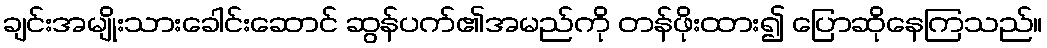
ချင်းအမျိုးသားခေါင်းဆောင် ဆွန်ပက်၏အမည်ကို တန်ဖိုးထား၍ ပြောဆိုနေကြသည်။